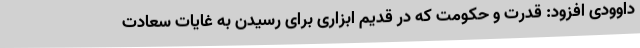
داوودی افزود: قدرت و حکومت که در قدیم ابزاری برای رسیدن به غایات سعادت